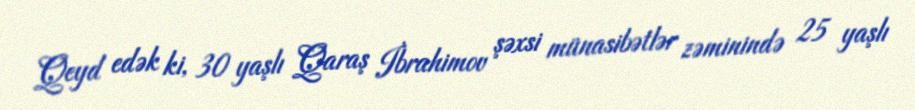
Qeyd edək ki, 30 yaşlı Qaraş İbrahimov şəxsi münasibətlər zəminində 25 yaşlı